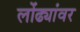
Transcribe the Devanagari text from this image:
लोंढ्यांवर